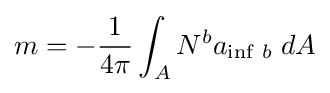
m=-{\frac {1}{4\pi }}\int _{A}N^{b}a_{\inf \,b}\;dA